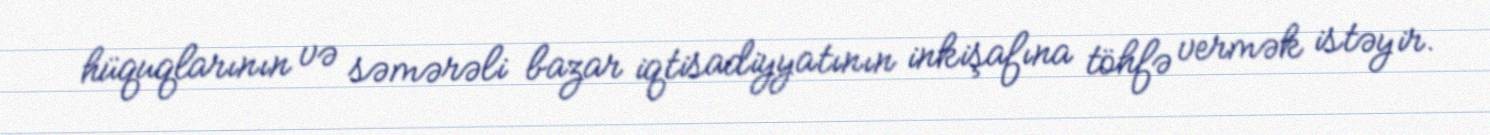
hüquqlarının və səmərəli bazar iqtisadiyyatının inkişafına töhfə vermək istəyir.